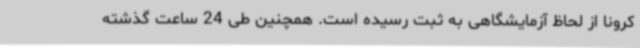
کرونا از لحاظ آزمایشگاهی به ثبت رسیده است. همچنین طی 24 ساعت گذشته